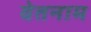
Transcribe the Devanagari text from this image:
वेतनाम